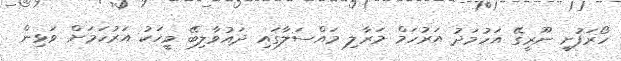
ހޯރަފުށީ ނޫރީގޭ އަހުމަދު އަރުހަމް މަރާލި މައްސަލާގައި ދައުވާލިބޭ މީހަކު އަރުހަމަށް ވަޅިން